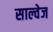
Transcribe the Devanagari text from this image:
साल्वेज